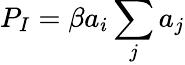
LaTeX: {P_{I}=\beta a_{i}\sum_{j}a_{j}}